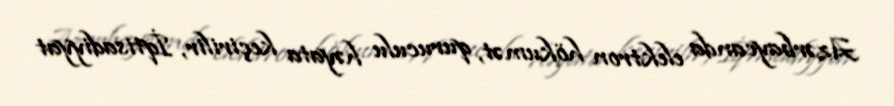
Azərbaycanda elektron hökumət, quruculu həyata keçirilir, İqtisadiyyat